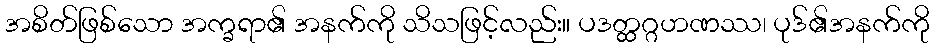
အစိတ်ဖြစ်သော အက္ခရာ၏ အနက်ကို သိသဖြင့်လည်း။ ပဒတ္ထဂ္ဂဟဏဿ၊ ပုဒ်၏အနက်ကို